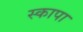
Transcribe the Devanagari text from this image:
स्कापा